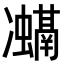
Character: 𭂨